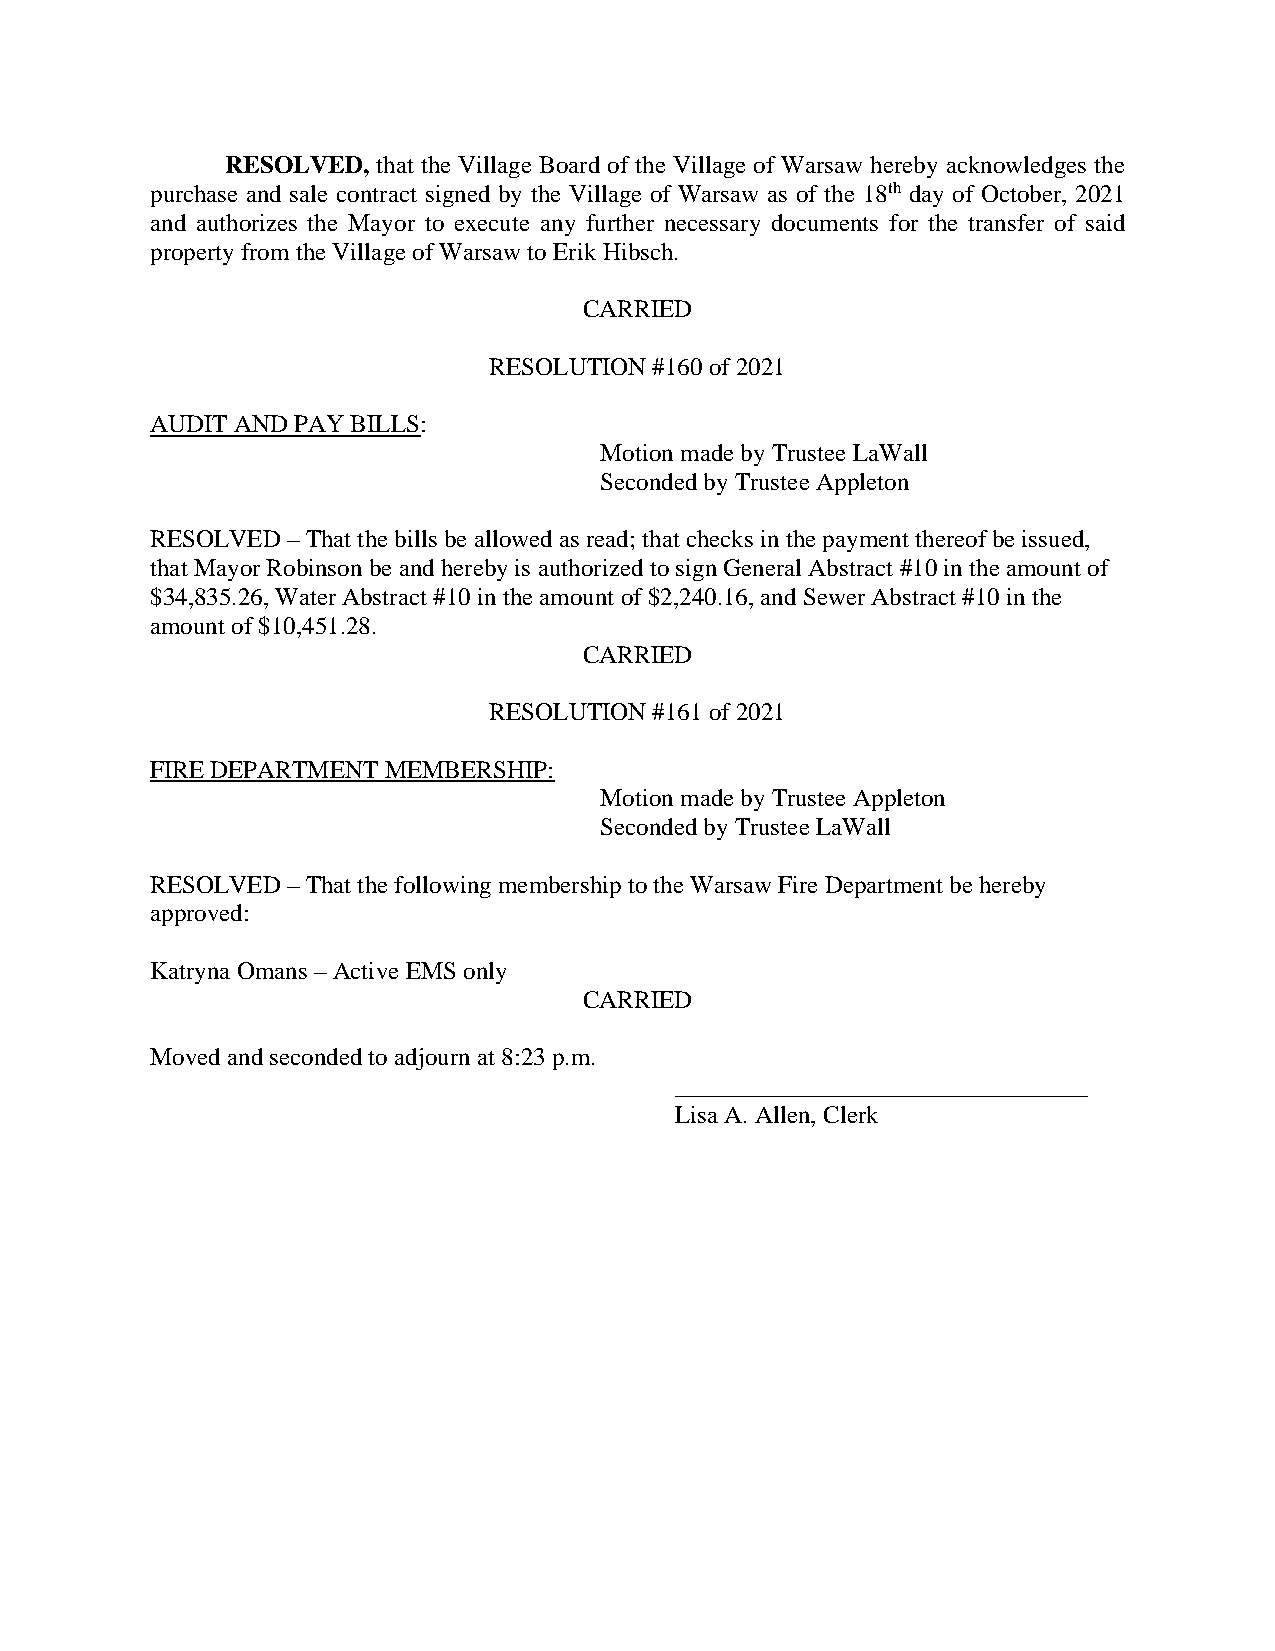
RESOLVED, that the Village Board of the Village of Warsaw hereby acknowledges the
 purchase and sale contract signed by the Village of Warsaw as of the 18th day of October, 2021
 and authorizes the Mayor to execute any further necessary documents for the transfer of said
 property from the Village of Warsaw to Erik Hibsch.
 CARRIED
 RESOLUTION #160 of 2021
 AUDIT AND PAY BILLS:
 Motion made by Trustee LaWall
 Seconded by Trustee Appleton
 RESOLVED – That the bills be allowed as read; that checks in the payment thereof be issued,
 that Mayor Robinson be and hereby is authorized to sign General Abstract #10 in the amount of
 $34,835.26, Water Abstract #10 in the amount of $2,240.16, and Sewer Abstract #10 in the
 amount of $10,451.28.
 CARRIED
 RESOLUTION #161 of 2021
 FIRE DEPARTMENT MEMBERSHIP:
 Motion made by Trustee Appleton
 Seconded by Trustee LaWall
 RESOLVED – That the following membership to the Warsaw Fire Department be hereby
 approved:
 Katryna Omans – Active EMS only
 CARRIED
 Moved and seconded to adjourn at 8:23 p.m.
 _________________________________
 Lisa A. Allen, Clerk